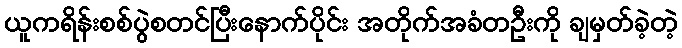
ယူကရိန်းစစ်ပွဲစတင်ပြီးနောက်ပိုင်း အတိုက်အခံတဦးကို ချမှတ်ခဲ့တဲ့